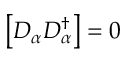
\left[ D _ { \alpha } D _ { \alpha } ^ { \dagger } \right] = 0